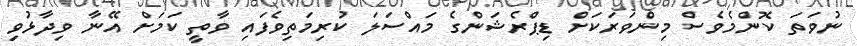
ނުވަތަ ކޮންމެވެސް މިންވަރަކަށް ޑިޕްރެޝަންގެ މައްސަލަ ކުރިމަތިވެފައި ވާތީ ކަމަށް އޭނާ ވިދާޅުވި